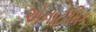
એનાટોમિક